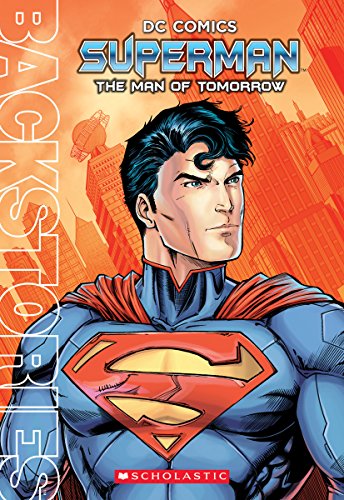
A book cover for Superman: The Man of Tomorrow; Daniel Wallace; Children's Books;